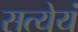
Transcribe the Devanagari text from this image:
सत्येयं